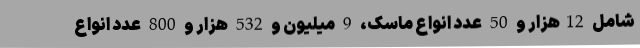
شامل 12هزار و 50 عدد انواع ماسک، 9 میلیون و 532 هزار و 800 عدد انواع